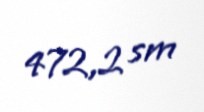
472,2 sm